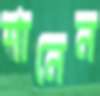
শানেন